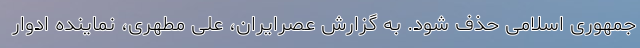
جمهوری اسلامی حذف شود. به گزارش عصرایران، علی مطهری، نماینده ادوار